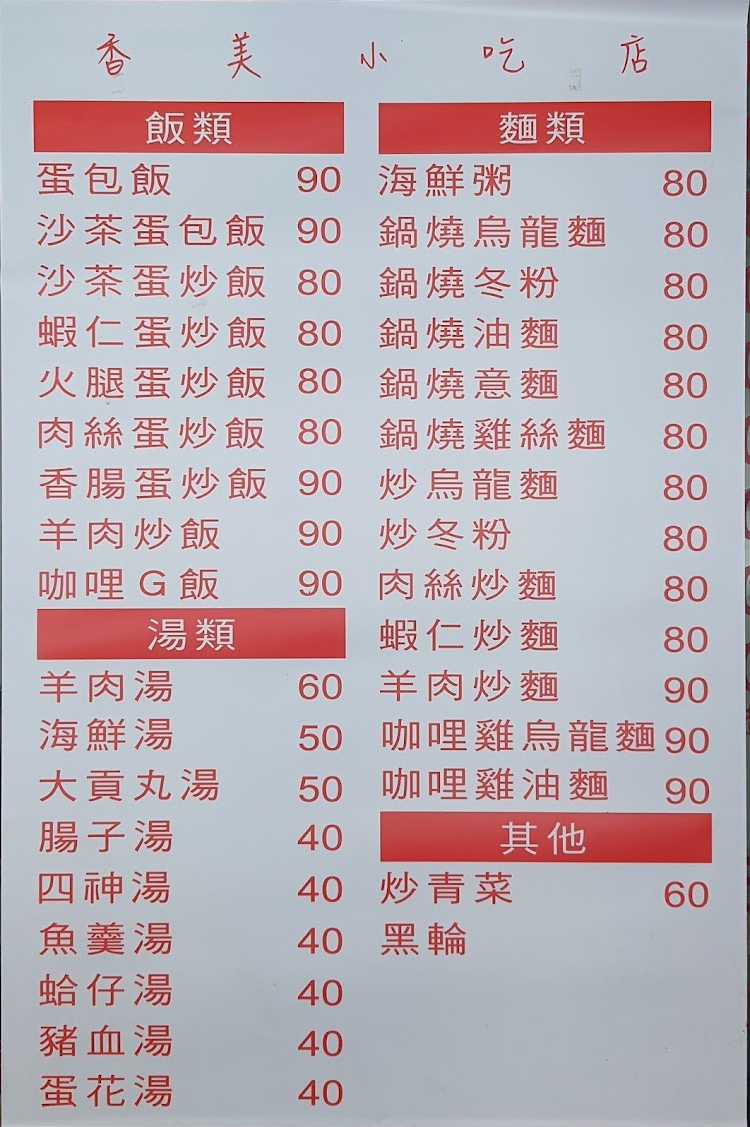
餐廳：香美
菜單：
name: 蛋包飯
price: 90
name: 海鮮粥
price: 80
name: 沙茶蛋包飯
price: 90
name: 鍋燒烏龍麵
price: 80
name: 沙茶蛋炒飯
price: 80
name: 鍋燒冬粉
price: 80
name: 蝦仁蛋炒飯
price: 80
name: 鍋燒油麵
price: 80
name: 火腿蛋炒飯
price: 80
name: 鍋燒意麵
price: 80
name: 肉絲蛋炒飯
price: 80
name: 鍋燒雞絲麵
price: 80
name: 香腸蛋炒飯
price: 90
name: 炒烏龍麵
price: 80
name: 羊肉炒飯
price: 90
name: 炒冬粉
price: 80
name: 咖哩G飯
price: 90
name: 肉絲炒麵
price: 80
name: 蝦仁炒麵
price: 80
name: 羊肉炒麵
price: 90
name: 咖哩雞烏龍麵
price: 90
name: 咖哩雞油麵
price: 90
name: 羊肉湯
price: 60
name: 海鮮湯
price: 50
name: 大貢丸湯
price: 50
name: 腸子湯
price: 40
name: 四神湯
price: 40
name: 魚羹湯
price: 40
name: 炒青菜
price: 60
name: 黑輪
price: -1
name: 蛤仔湯
price: 40
name: 豬血湯
price: 40
name: 蛋花湯
price: 40